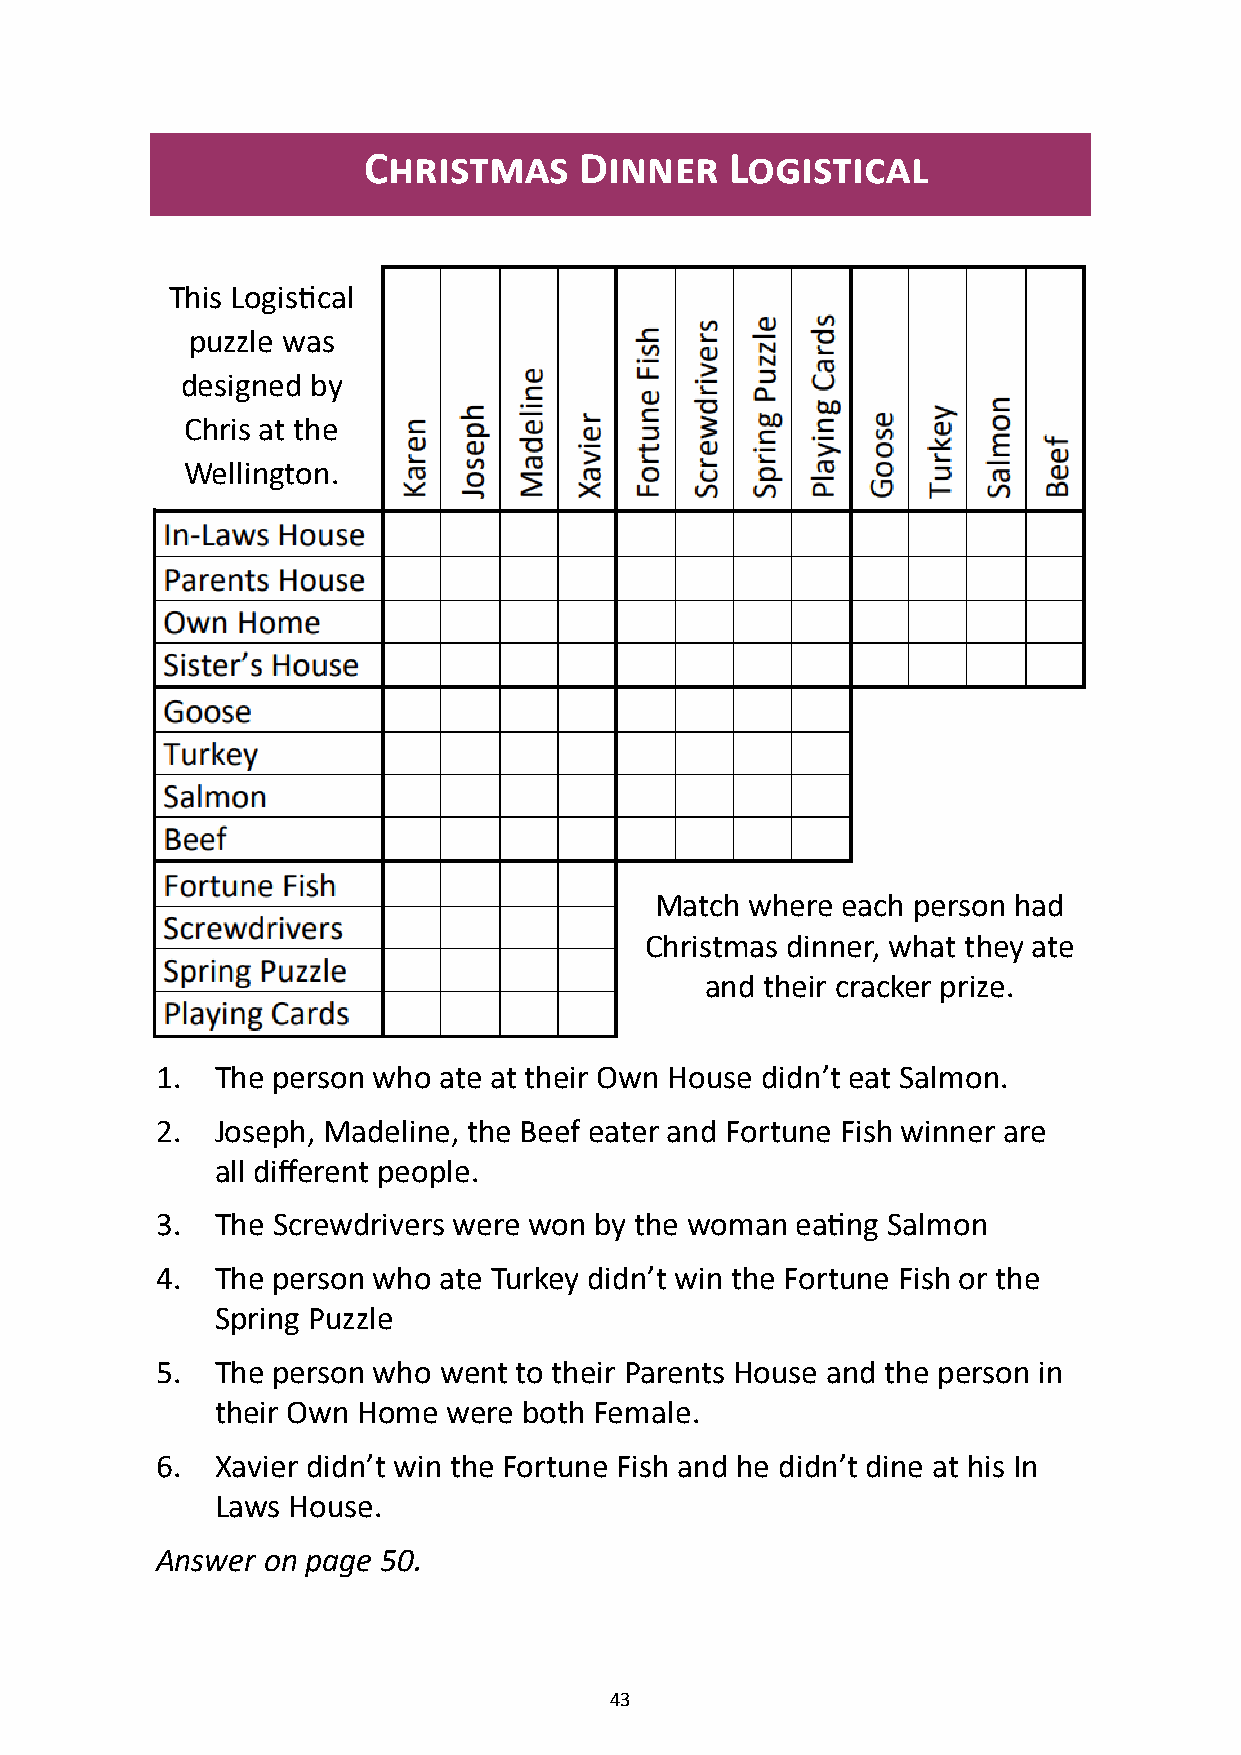
Christmas     Dinner    Logistical
 This Logistical
 puzzle was
 designed by
 Chris at the
 Wellington.
 Match  where each person had
 Christmas dinner, what they ate
 and their cracker prize.
 1.  The person who ate at their Own House didn’t eat Salmon.
 2.  Joseph, Madeline, the Beef eater and Fortune Fish winner are
 all different people.
 3.  The Screwdrivers were won by the woman eating Salmon
 4.  The person who ate Turkey didn’t win the Fortune Fish or the
 Spring Puzzle
 5.  The person who went to their Parents House and the person in
 their Own Home  were both Female.
 6.  Xavier didn’t win the Fortune Fish and he didn’t dine at his In
 Laws House.
 Answer on page 50.
 43